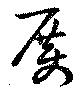
厲